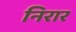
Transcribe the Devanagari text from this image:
निरार